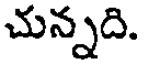
చున్నది.